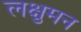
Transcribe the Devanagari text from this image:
लक्षुमन